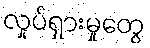
လှုပ်ရှားမှုတွေ